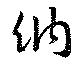
納